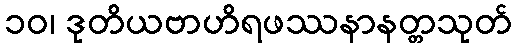
၁၀၊ ဒုတိယဗာဟိရဖဿနာနတ္တသုတ်